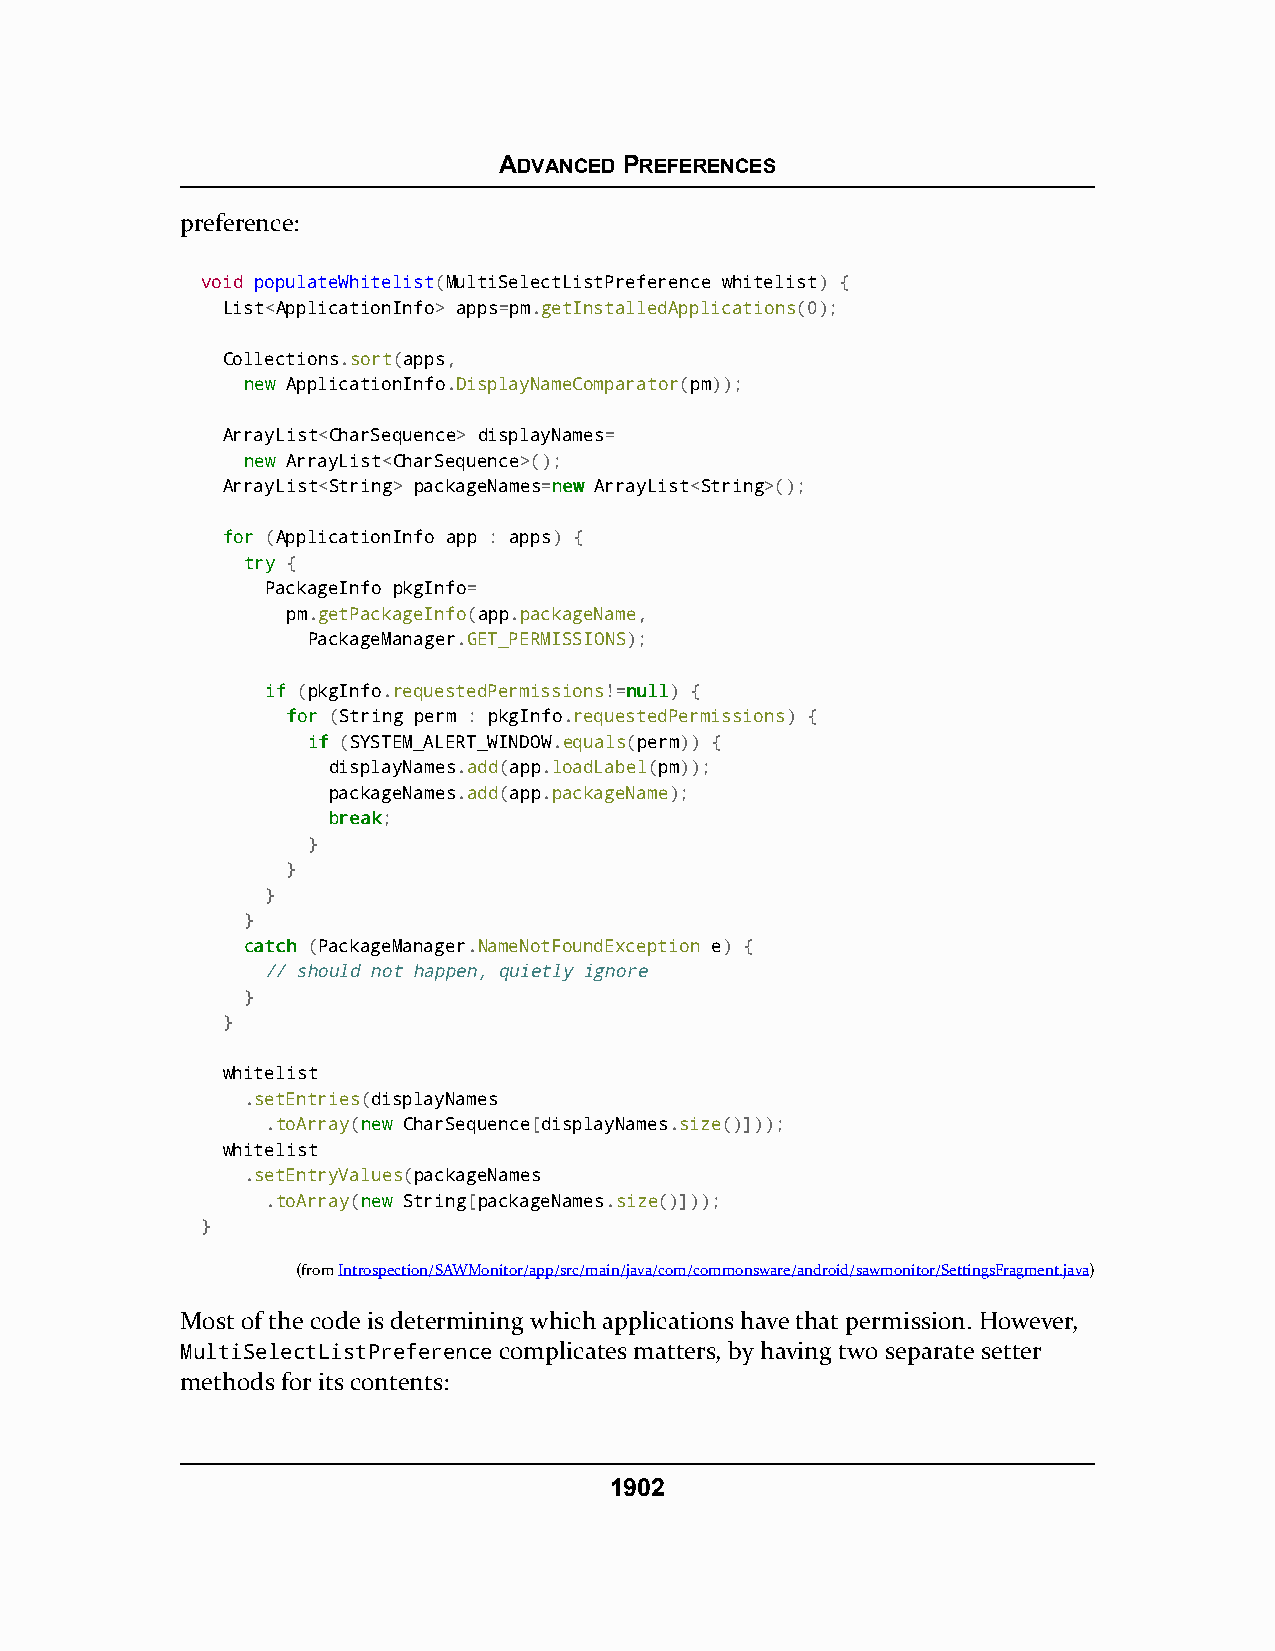
ADVANCED PREFERENCES
 preference:
 void populateWhitelist(MultiSelectListPreference whitelist) {
 List<ApplicationInfo> apps=pm.getInstalledApplications(0);
 Collections.sort(apps,
 nneeww ApplicationInfo.DisplayNameComparator(pm));
 ArrayList<CharSequence> displayNames=
 nneeww ArrayList<CharSequence>();
 ArrayList<String> packageNames=nneeww ArrayList<String>();
 ffoorr (ApplicationInfo app : apps) {
 ttrryy {
 PackageInfo pkgInfo=
 pm.getPackageInfo(app.packageName,
 PackageManager.GET_PERMISSIONS);
 iiff (pkgInfo.requestedPermissions!=nnuullll) {
 ffoorr (String perm : pkgInfo.requestedPermissions) {
 iiff (SYSTEM_ALERT_WINDOW.equals(perm)) {
 displayNames.add(app.loadLabel(pm));
 packageNames.add(app.packageName);
 bbrreeaakk;
 }
 }
 }
 }
 ccaattcchh (PackageManager.NameNotFoundException e) {
 // should not happen, quietly ignore
 }
 }
 whitelist
 .setEntries(displayNames
 .toArray(nneeww CharSequence[displayNames.size()]));
 whitelist
 .setEntryValues(packageNames
 .toArray(nneeww String[packageNames.size()]));
 }
 (fromIntrospection/SAWMonitor/app/src/main/java/com/commonsware/android/sawmonitor/SettingsFragment.java)
 Most of the code is determining which applications have that permission. However,
 MultiSelectListPreference complicates matters, by having two separate setter
 methods for its contents:
 1902